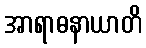
အာရာဓနာယာတိ